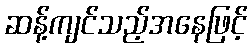
ဆန့်ကျင်သည့်အနေဖြင့်